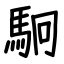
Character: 駉